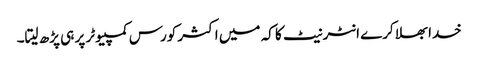
خدا بھلا کرے انٹر نیٹ کا کہ میں اکثر کورس کمپیوٹر پر ہی پڑھ لیتا۔